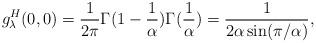
LaTeX: \begin{align*}g_{\lambda}^{H}(0,0)=\frac{1}{2\pi} \Gamma (1-\frac{1}{\alpha})\Gamma (\frac{1}{\alpha})=\frac{1}{2\alpha \sin(\pi/\alpha)}, \end{align*}